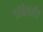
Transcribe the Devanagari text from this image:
डांबेपर्यंत